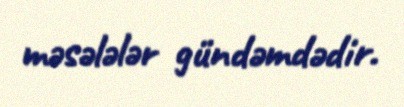
məsələlər gündəmdədir.